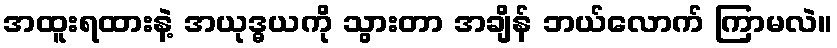
အထူးရထားနဲ့ အယုဒ္ဓယကို သွားတာ အချိန် ဘယ်လောက် ကြာမလဲ။